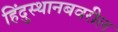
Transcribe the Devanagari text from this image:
हिंदुस्थानबवरील